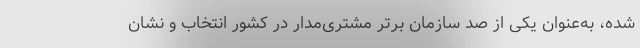
شده، به‌عنوان یکی از صد سازمان برتر مشتری‌مدار در کشور انتخاب و نشان